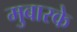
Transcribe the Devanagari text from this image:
मुबारके